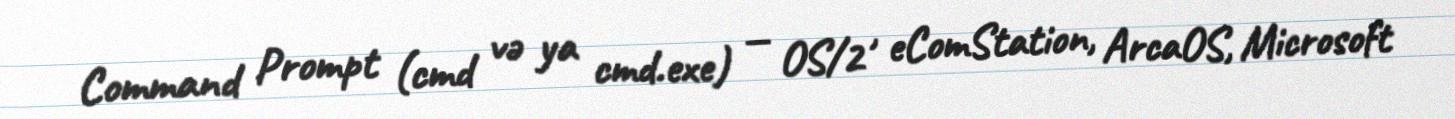
Command Prompt (cmd və ya cmd.exe) — OS/2 , eComStation, ArcaOS, Microsoft